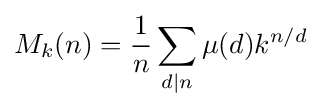
M_{k}(n)={\frac {1}{n}}\sum _{d\mid n}\mu (d)k^{n/d}